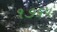
૧૭૬૫